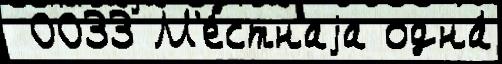
 0033 М'е́стнаjа одна́